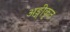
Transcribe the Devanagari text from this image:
अङ्गीकृत